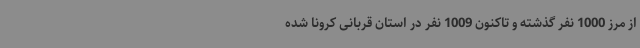
از مرز 1000 نفر گذشته و تاکنون 1009 نفر در استان قربانی کرونا شده